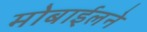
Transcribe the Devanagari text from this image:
मोबाईलने